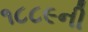
૧૮૮૯ની